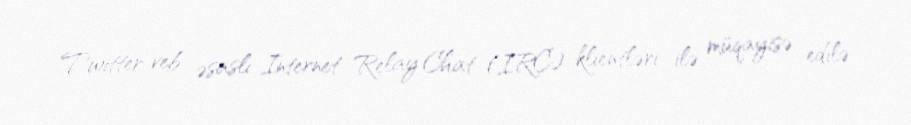
Twitter veb əsaslı Internet Relay Chat (IRC) klientləri ilə müqayisə edilə